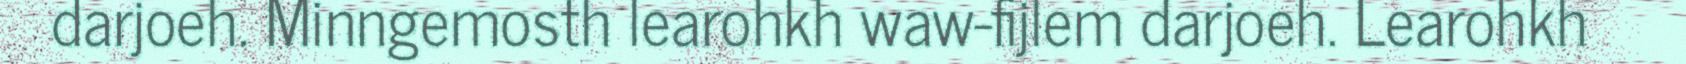
darjoeh. Minngemosth learohkh waw-fijlem darjoeh. Learohkh